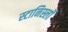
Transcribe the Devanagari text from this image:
स्टानिस्लॉ